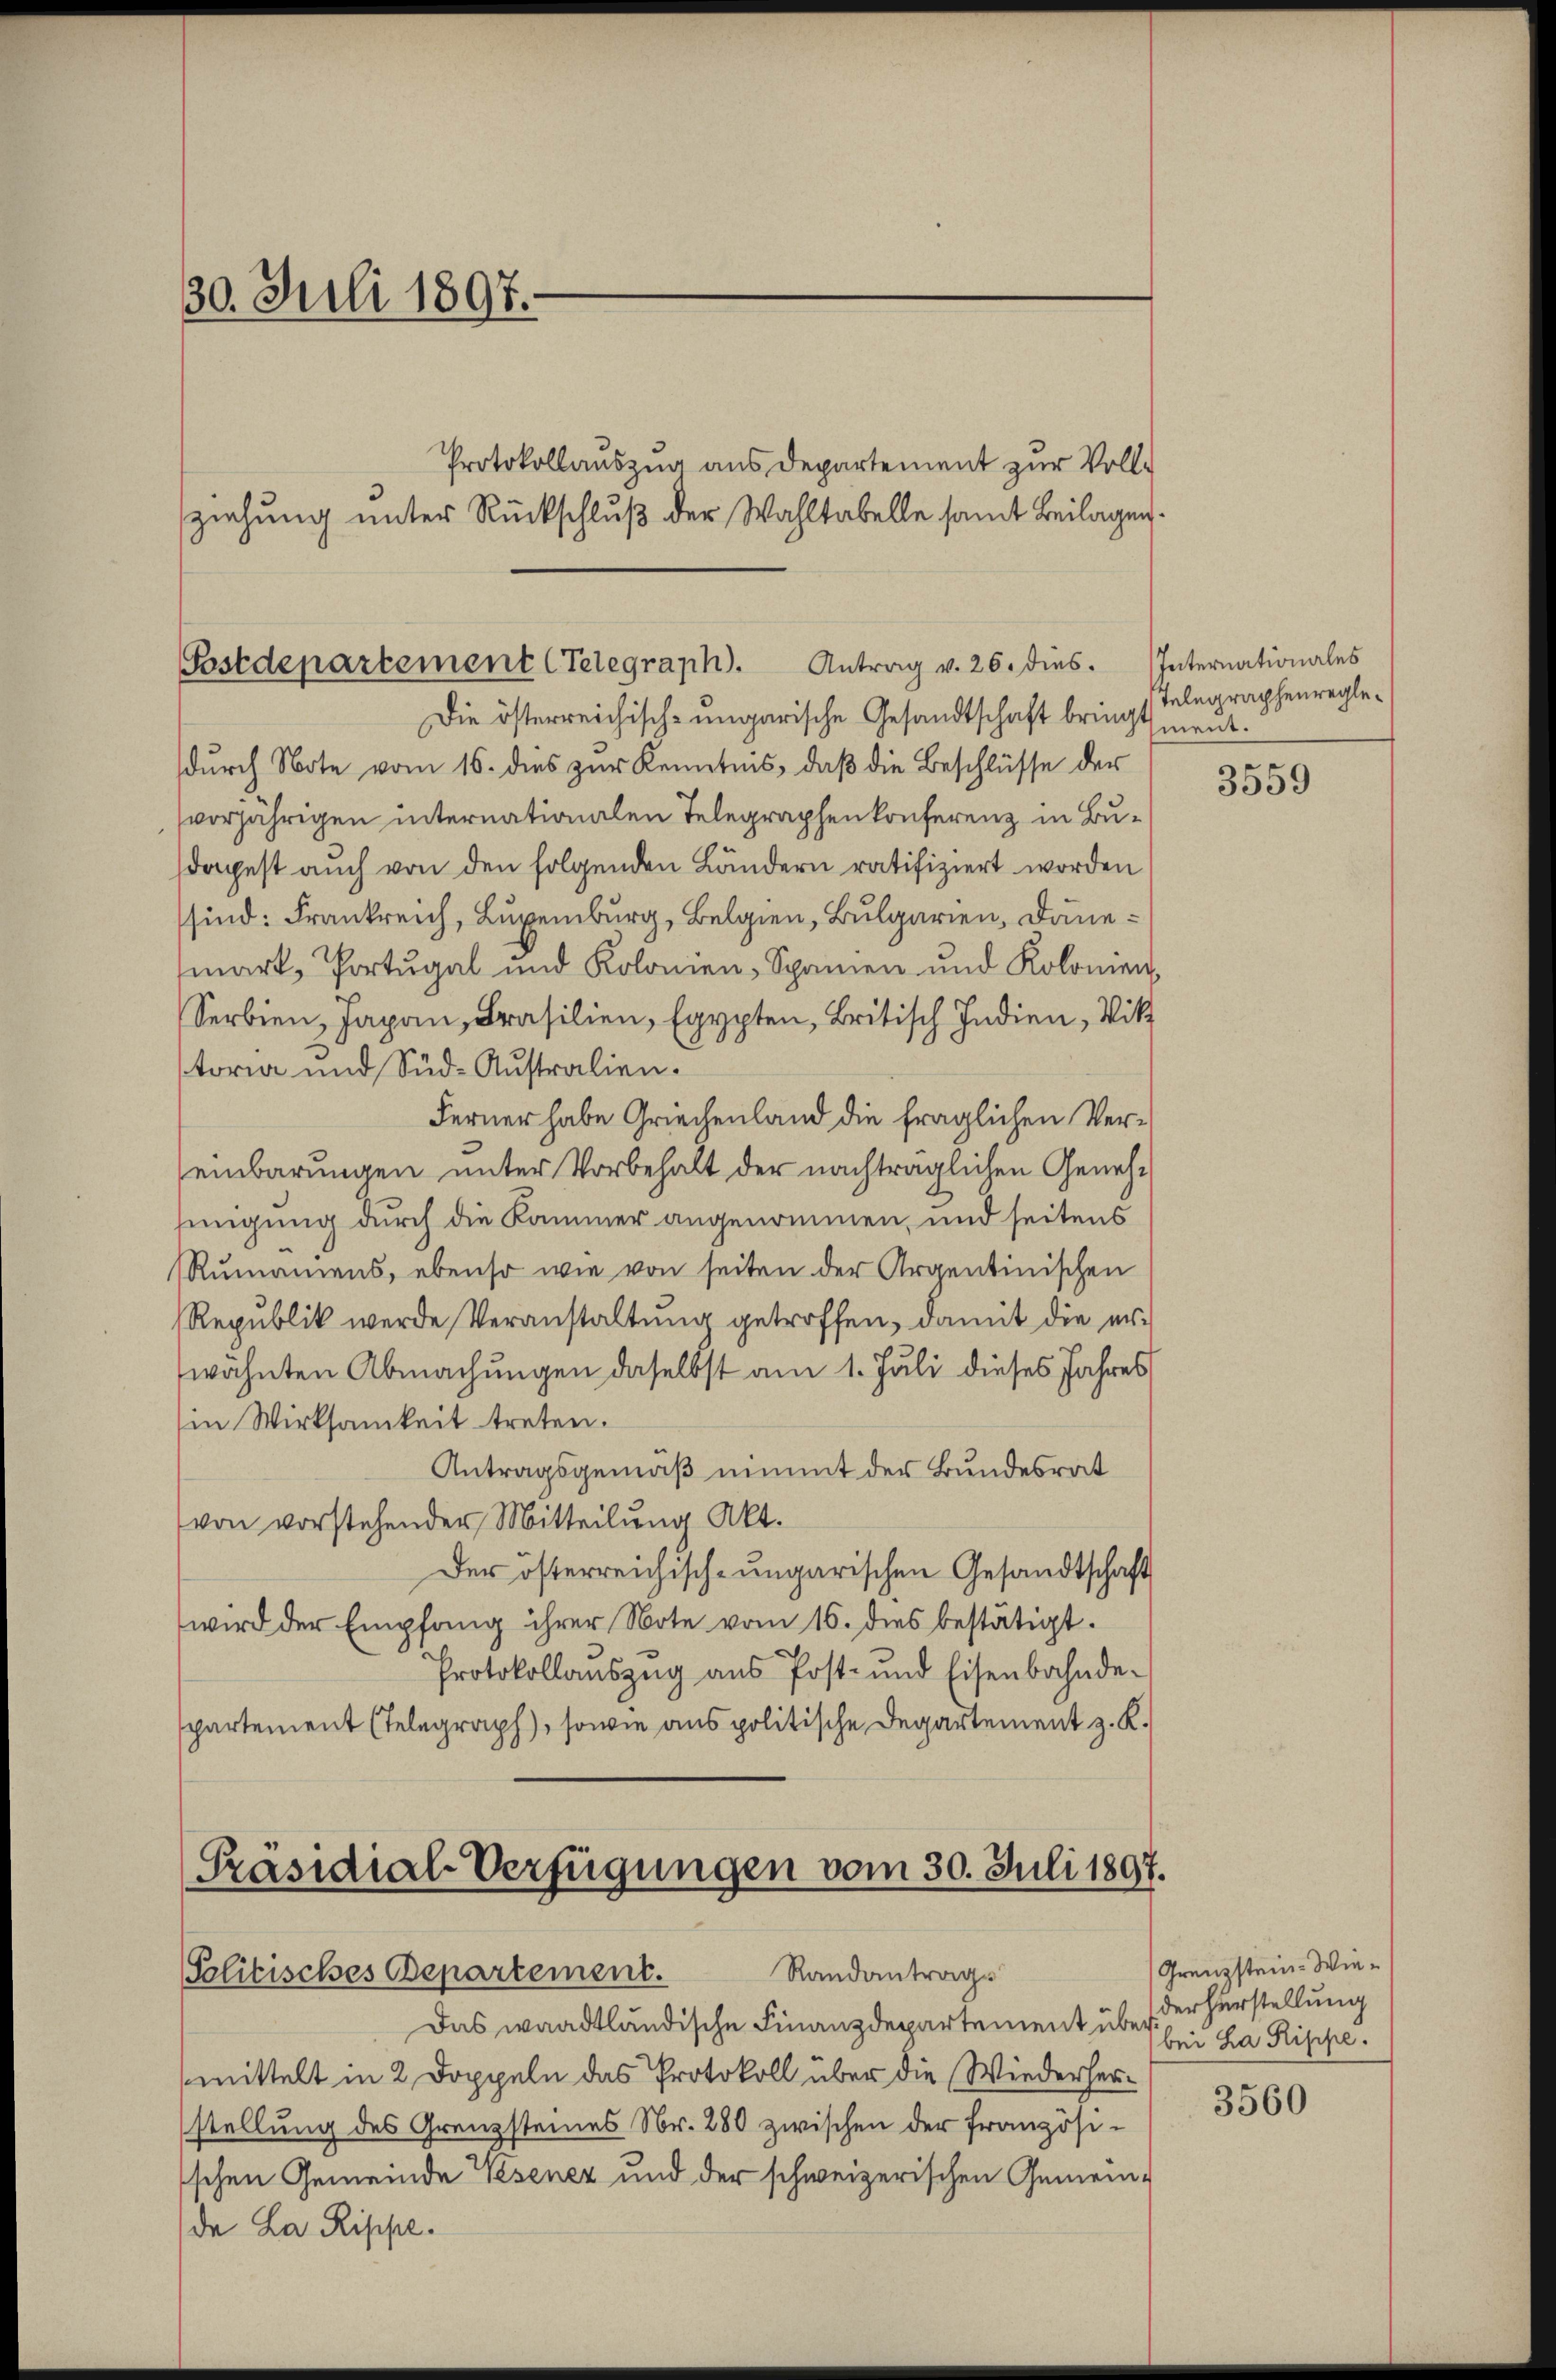
30. Juli 1897.
Protokollauszug aus Departement zur Vollziehung unter Rückschluß der Wahltabelle samt Beilagen.

Postdepartement (Telegraph. Antrag v. 26. dies.
Die österreichisch-ungarische Gesandtschaft bringt

durch Note vom 16. dies zur Kenntnis, daß die Beschlüsse der
vorjährigen internationalen Telegraphenkonferenz in Budapest auch von den folgenden Ländern ratifiziert worden
sind: Frankreich, Luxenburg, Belgien, Bulgarien, Dänemark, Portugal und Kolonien, Spanien und Kolonien,
Serbien, Japan, Brasilien, Egypten, Britisch Indien, Vik
toria und Süd-Australien.
Ferner habe Griechenland die fraglichen Vereinbarungen unter Vorbehalt der nachträglichen Genehnigung durch die Kammer angenommen, und seitens
Rumamens, ebenso wie von seiten der Argentinischen
Republik werde Veranstaltung getroffen, damit die erwähnten Abmachungen daselbst am 1. Juli dieses Jahres
in Wirksamkeit treten.
Antragsgemäß nimmt der Bundesrat
von vorstehender Mitteilung Akt.
Der österreichisch-ungarischen Gesandtschaft
wird der Empfang ihrer Note vom 16. dies bestätigt.
Protokollaŭszŭg aŭs Post- und Eisenbahnde-
spartement (Telegraph), sowie aus politische Departement z. K.

[Präsidial-Verfügungen vom 30. Juli 1897.
Politisches Departement. Randantrags

Das waadtländische Finanzdepartement über bei ha Rippe.
mittelt in 2 Doppeln das Protokoll über die Wiederherstellung des Grenzsteines Nr. 280 zwischen der französisschen Gemeinde Wesenez und der schweizerischen Gemein-
de La Rippe.

Internationales
Telegraphenreglemeint.

3559

Grenzstein- Wiederherstellung

3560